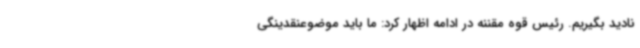
نادید بگیریم. رئیس قوه مقننه در ادامه اظهار کرد: ما باید موضوعنقدینگی